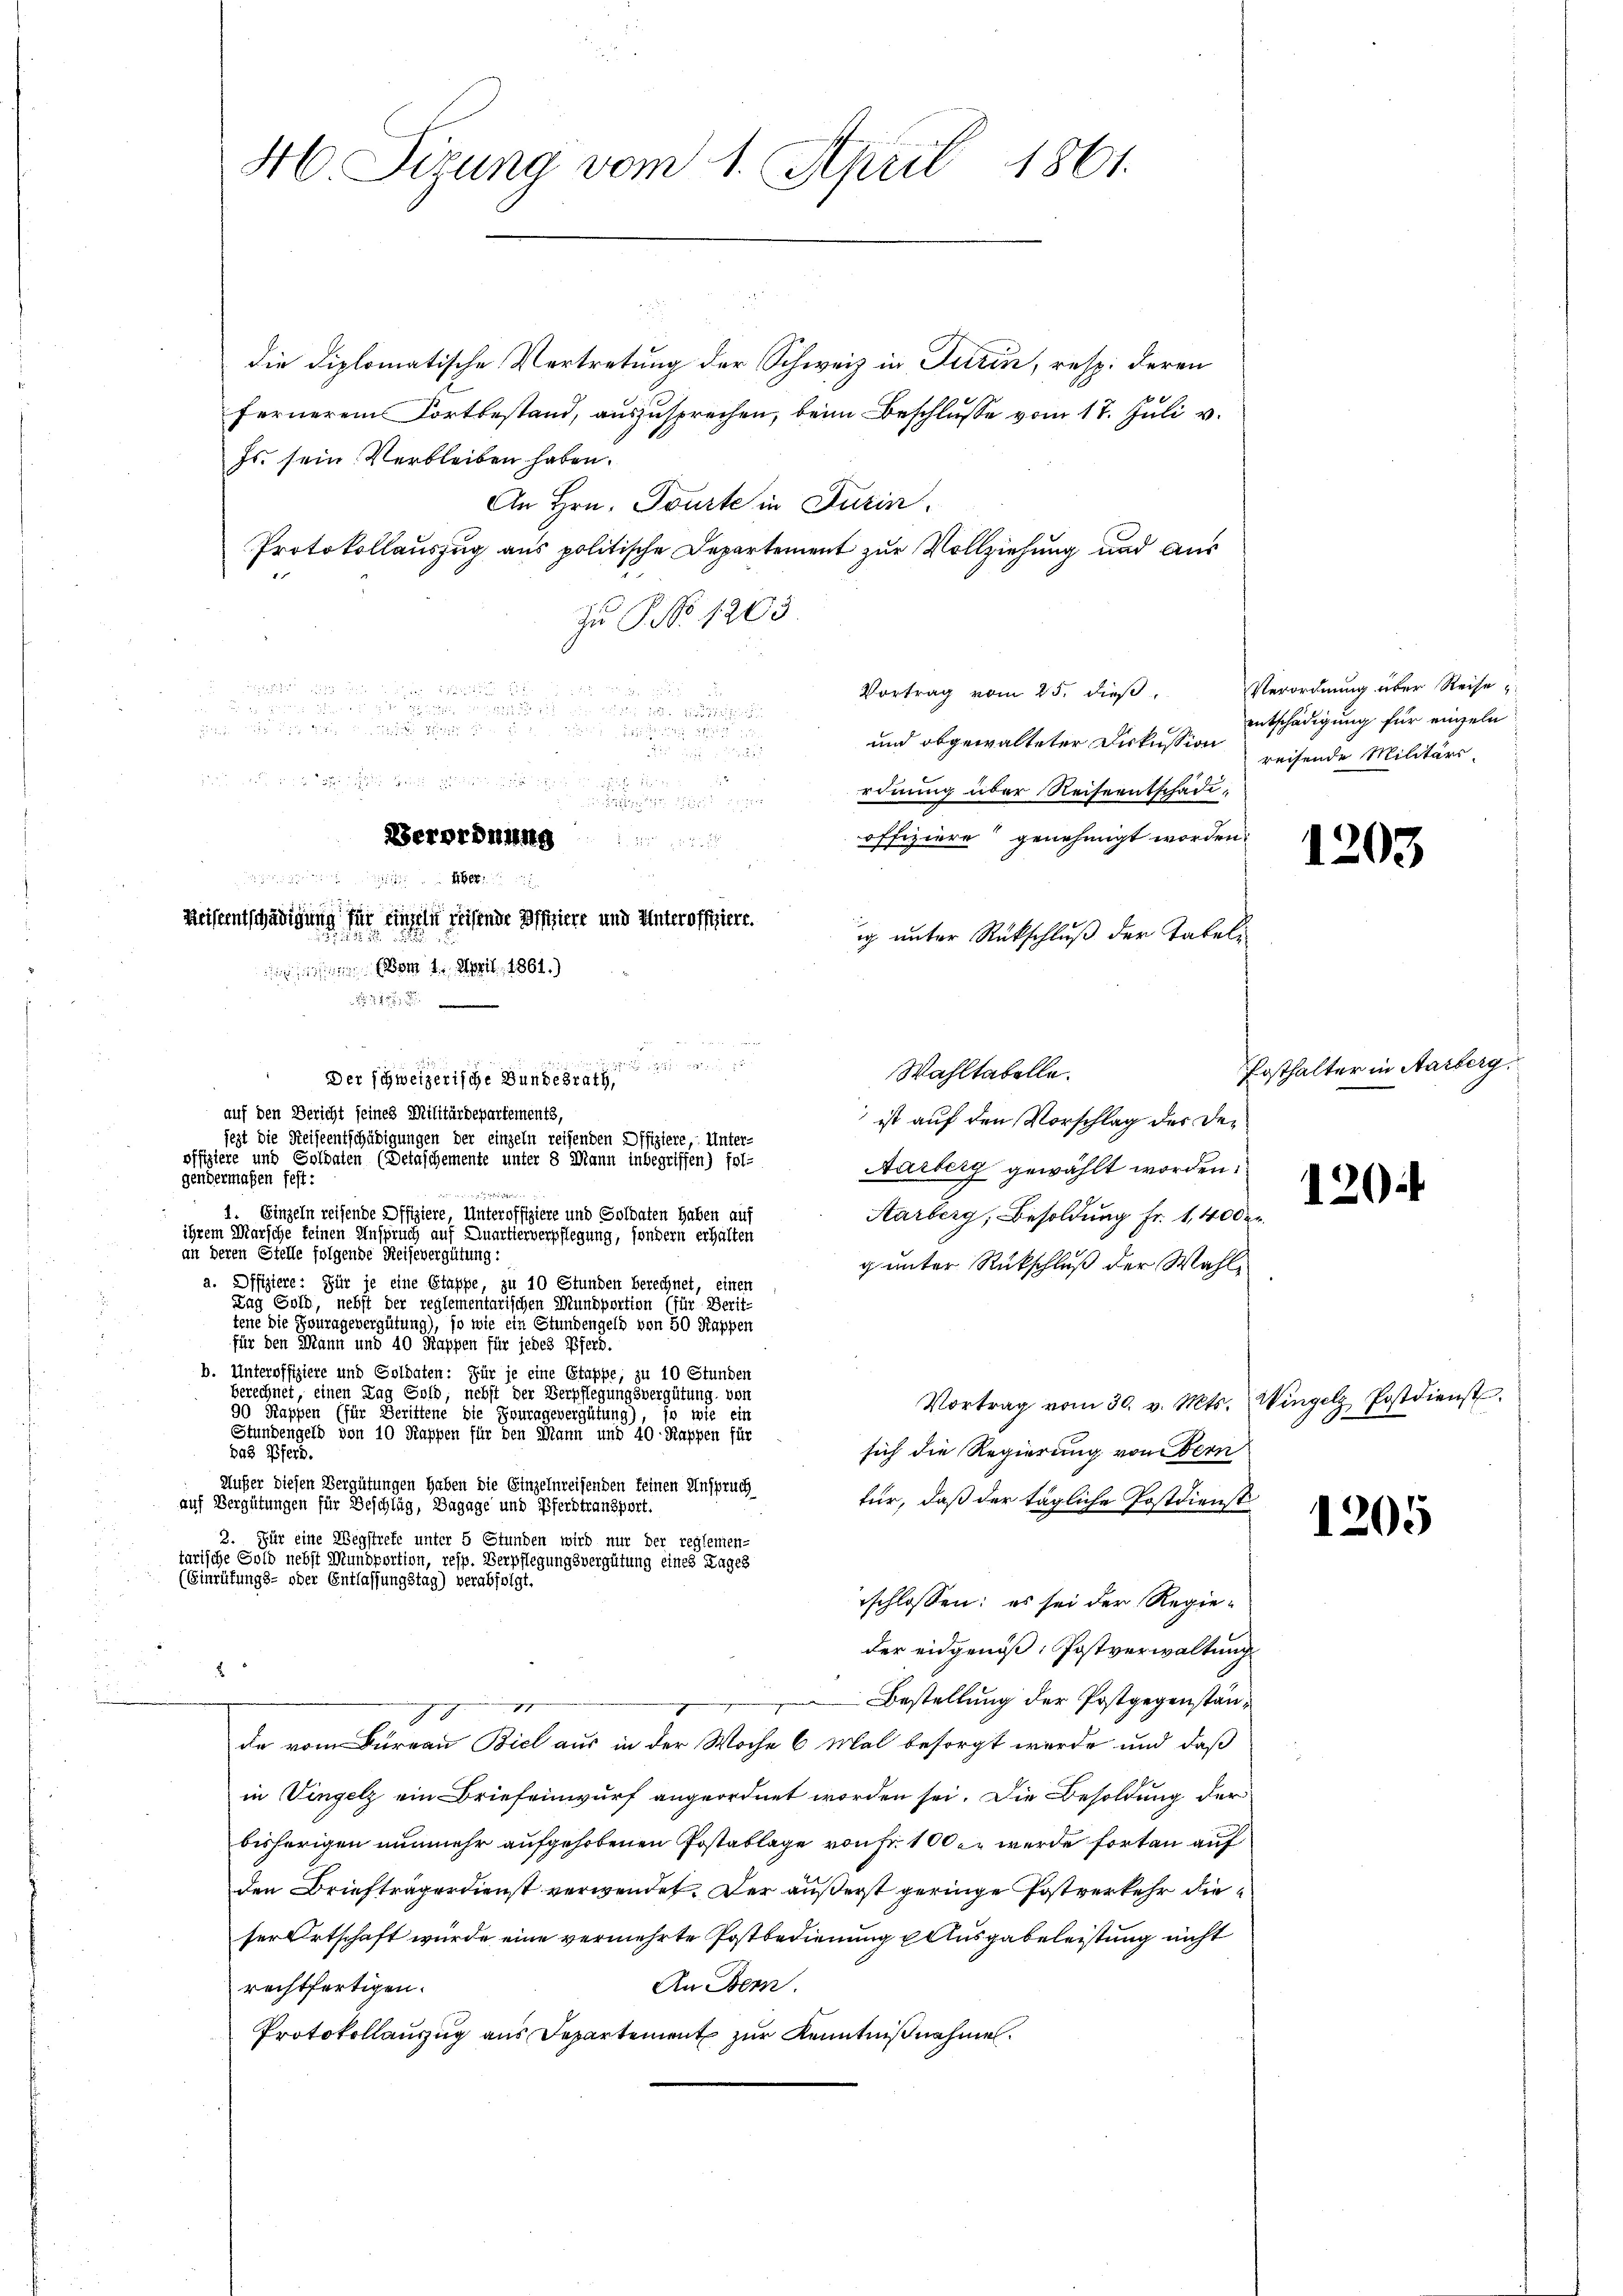
46 Sizung vom 1. April 1861.

die Diplomatische Vertretung der Schweiz in Turin, resp. deren
fernerem Fortbestand, auszusprechen, beim Beschlusse vom 17. Juli v.
Js. sein. Verbleiben haben.
An Hrn. Tourte in Turin
Protokollauszug aus politische Departement zur Vollziehung und aus
Zu NNo. 1263

e

Vortrag vom 25. dieß.
 i e i g

und abgewalteter Diskussion reisende Militärs.

 ich an sich zu eiger eine
rdnung über Reiseentschade,
offiziere genehmigt worden.
ig unter Rückschluß der Tabeli

Wahltabelle.
 Der schweizerische Bundesrath,
auf den Bericht seines Militärdepartements,
ist auf den Vorschlag des Dejezt die Reiseentschädigungen der einzeln reifenden Offiziere, Unter-
offiziere und Soldaten (Detäschemente unter 8 Mann inbegriffen) fol-
Aarberg gewählt worden.
gendermaßen fest:
1
1. Einzeln reisende Offiziere, Unteroffiziere und Soldaten haben auf
Aarberg, Besoldung Fr. 1,400 er
ihrem Marsche keinen Anspruch auf Quartierverpflegung, sondern erhalten
an deren Stelle folgende Reisevergütung:
g unter Rückschluß der Wahla. Offiziere: Für je eine Stuppe, zu 10 Stunden berechnet, einen
Fag Goth, nebst der reglementarischen Mundportion (für Berit-
tene die Fouragevergütung), so wie ein Stundengeld von 50 Rappen
für den Mann und 40 Kappen für jedes Pferd.
b. Unteroffiziere und Soldaten: Für je eine Stappe, zu 10 Stunden
berechnet, einen Tag Sold, nebst der Verpflegungsvergütung, von
Vortrag vom 30. v. Mts. Wingel Postdienst
90 Kappen (für Berittene die Fouragevergütung), so wie ein
Stundengelb von 10 Kappen für den Mann und 40 Rappen für
sich die Regierung vom Bern
Das Pferd.
Außer diesen Vergütungen haben die Einzelnreisenden keinen Anspruch
für, daß der tägliche Postdienst
auf Vergütungen für Beschlag, Bagage und Pferdtransport.
2. Für eine Wegstrefe unter 5 Stunden wird nur der reglemen-
tarische Gold nebst Mundportion, resp. Verpflegungsvergütung eines Tages
(Einrüfungs- oder Entlassungstag) verabfolgt.
schlossen: es sei der Regieder eidgenöß: Postverwaltung
Bestellung der Postgegenstän¬
II
J
de vom Bureau Biel aus in der Woche 6 Mal besorgt werde und daß
in Vingelz ein Briefeinwurf angeordnet worden sei. Die Besoldung der
bisherigen nunmehr aufgehobenen Postablage von fr. 100 er werde forten auf
den Briefträgerdienst verwendet. Der äußerst geringe Postverkehr die
ser Ortschaft wurde eine vermehrte Postbedienung u Ausgabeleistung nicht
An Bern.
rechtfertigen.
Protokollauszug aus Departement zur Kenntnißnahmen.

Berordnung
1466
Reiseentschädigung für einzeln reisende Difiere und Unteroffiziert.
dee vom 1. April 1861.)

Verordnung über Reise
entschädigung für einzeln

.

205

Posthalter in Aarberg.

120.

1205